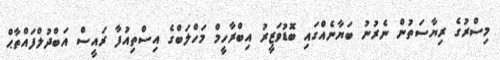
މިސްރުގެ ރިޔާސަތުން ނެރުނު ބަޔާނެއްގައި ބޮޑުވަޒީރު އިބްރާހީމް މަހްލަބްގެ އިސްތިއުފާ ރައީސް އަބްދުލްފައްތާޙް